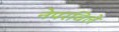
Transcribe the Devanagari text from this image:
नेपरविले